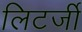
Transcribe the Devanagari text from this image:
लिटर्जी